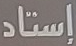
إستاد